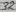
Text: 32